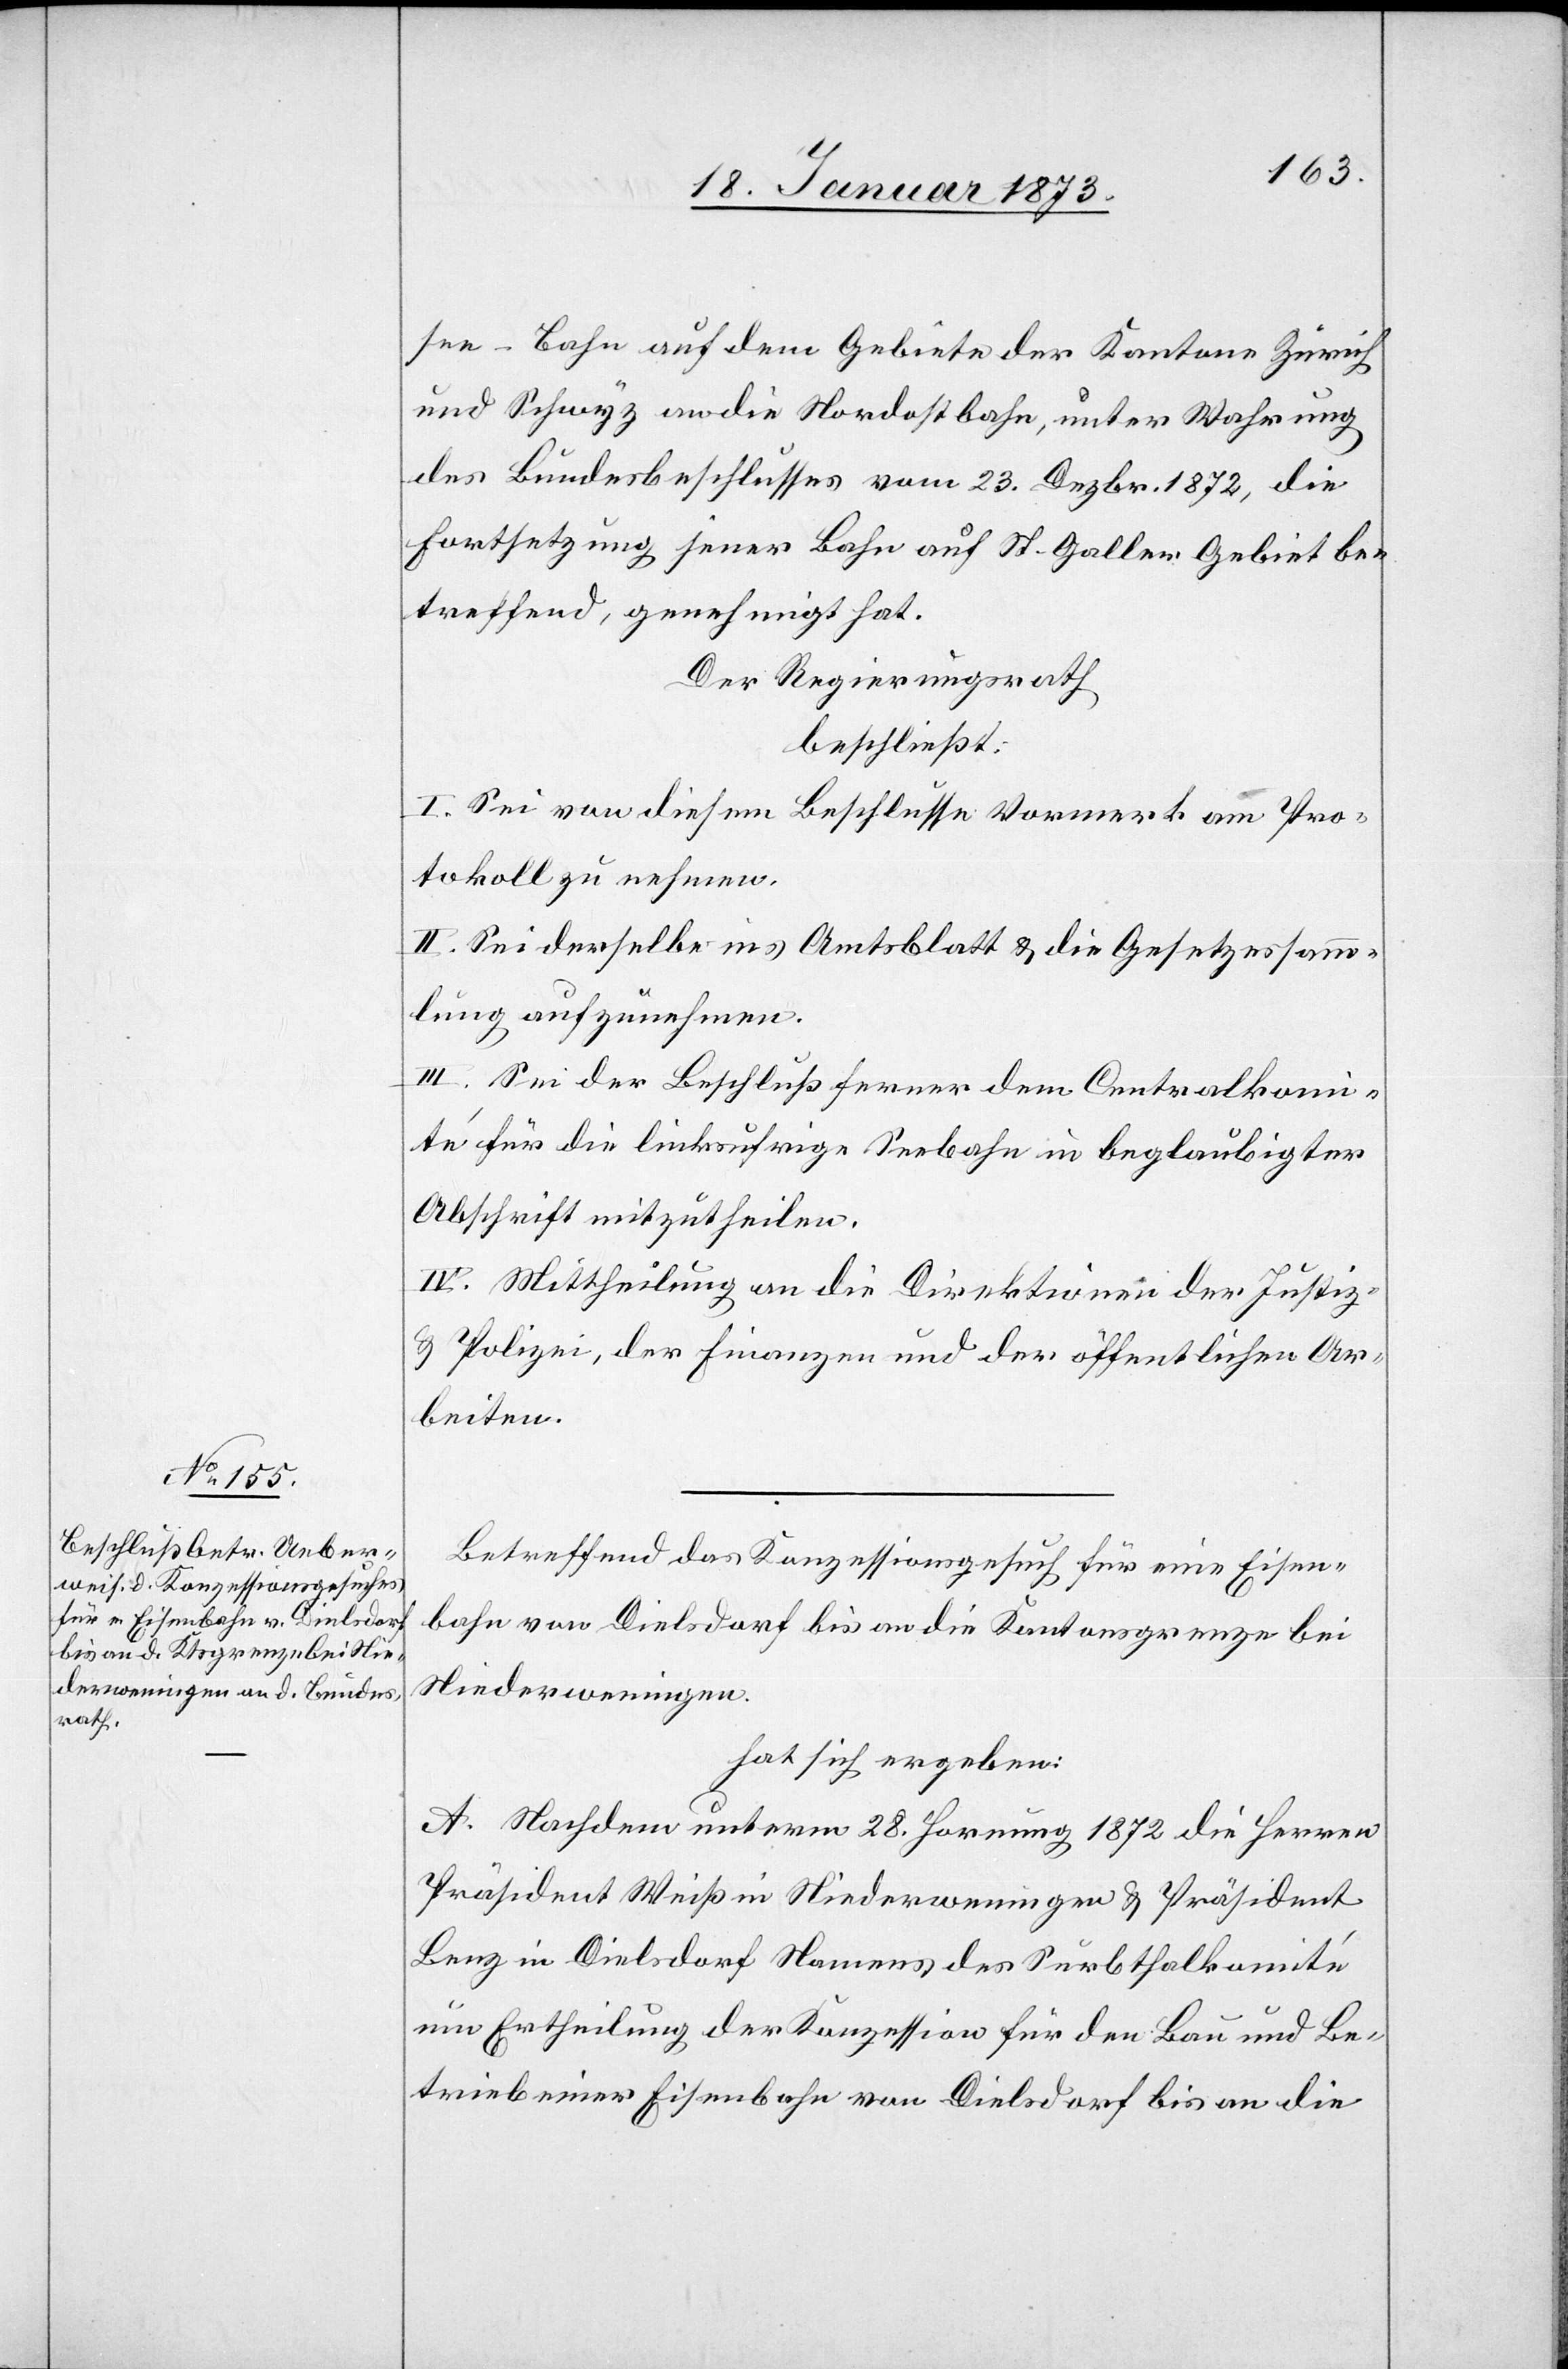
see-Bahn auf dem Gebiete der Kantone Zürich
und Schwyz an die Nordostbahn, unter Wahrung
des Bundesbeschlusses vom 23. Dezbr. 1872, die
Fortsetzung jener Bahn auf St. Gallen Gebiet be¬
treffend, genehmigt hat.
Der Regierungsrath
beschließt:
I. Sei von diesem Beschlusse Vormerk am Pro¬
tokoll zu nehmen.
II. Sei derselbe ins Amtsblatt u. die Gesetzessamm¬
lung aufzunehmen.
III. Sei der Beschluß ferner dem Centralkomi¬
té für die linksufrige Seebahn in beglaubigter
Abschrift mitzutheilen.
IV. Mittheilung an die Direktionen der Justiz-
u. Polizei, der Finanzen und der öffentlichen Ar¬
beiten.
Betreffend das Konzessionsgesuch für eine Eisen¬
bahn von Dielsdorf bis an die Kantonsgrenze bei
Niederweningen.
hat sich ergeben:
A. Nachdem unterm 28. Hornung 1872 die Herren
Präsident Weiß in Niederweningen u. Präsident
Benz in Dielsdorf Namens des Surbthalkomité
um Ertheilung der Konzession für den Bau und Be¬
trieb einer Eisenbahn von Dielsdorf bis an die